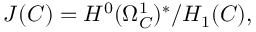
J ( C ) = H ^ { 0 } ( \Omega _ { C } ^ { 1 } ) ^ { * } / H _ { 1 } ( C ) ,